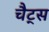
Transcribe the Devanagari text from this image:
चैट्स